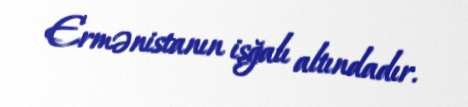
Ermənistanın işğalı altındadır.